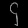
Digit: ၄